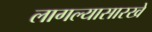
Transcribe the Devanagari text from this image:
लागल्यासारखे